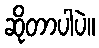
ဆိုတာပါပဲ။